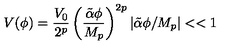
V ( \phi ) = { \frac { V _ { 0 } } { 2 ^ { p } } } \left( \frac { \tilde { \alpha } \phi } { M _ { p } } \right) ^ { 2 p } | \tilde { \alpha } \phi / M _ { p } | < < 1